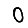
Digit: 0